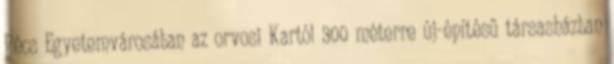
Pécs Egyetemvárosában az orvosi Kartól 300 méterre új-építésű társasházban